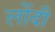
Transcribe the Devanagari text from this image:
लोंदी